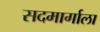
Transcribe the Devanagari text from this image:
सदमार्गाला